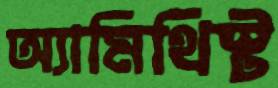
অ্যামিথিস্ট